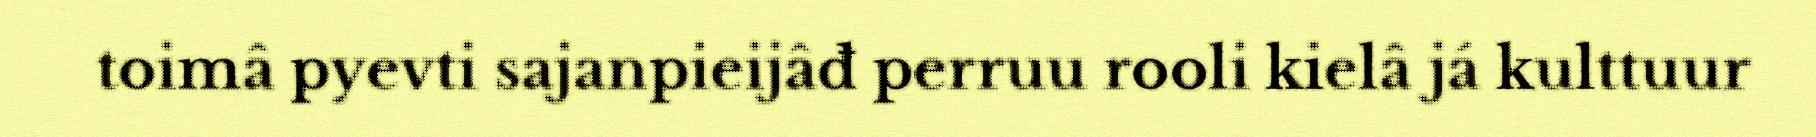
toimâ pyevti sajanpieijâđ perruu rooli kielâ já kulttuur